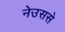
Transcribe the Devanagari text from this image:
नेउससे